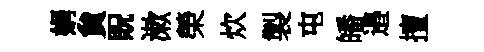
娟貟貺漱榮炊製屯皤邉擅